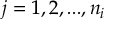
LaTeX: j = 1 , 2 , . . . , n _ { i }